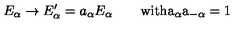
E _ { \alpha } \rightarrow E _ { \alpha } ^ { \prime } = a _ { \alpha } E _ { \alpha } \qquad \mathrm { w i t h a _ \alpha a _ { - \alpha } = 1 }